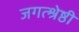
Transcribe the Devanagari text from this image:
जगत्श्रेष्ठी